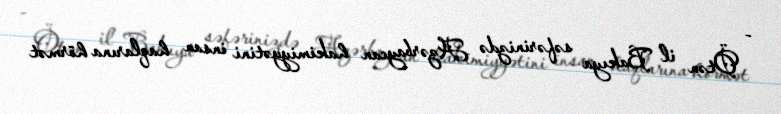
- Ötən il Bakıya səfərinizdə Azərbaycan hakimiyyətini insan haqlarına hörmət